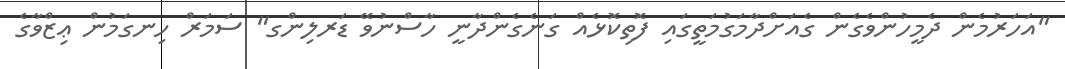
"އަހަރުމެން ދެމީހުންވެގެން ގެއަށްދާމަގުމަތީގައި ފޮތިކޮޅެއް ގަނެގެންދާނީ ހާސްނުވޭ ޑަރލިންގ" ސަމަރް ހިނގަމުން ޢިޒްވާގެ